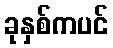
ခုနှစ်ကပင်